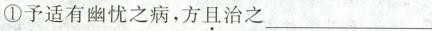
①予适有幽忧之病，方\underset{·}{且}治之___